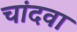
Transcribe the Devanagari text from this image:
चांदवा